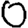
Digit: 0